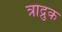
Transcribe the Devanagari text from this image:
त्राद्रुक